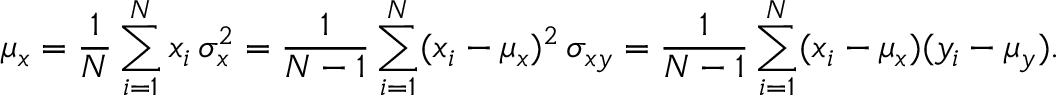
\mu _ { x } = \frac { 1 } { N } \sum _ { i = 1 } ^ { N } x _ { i } \, \sigma _ { x } ^ { 2 } = \frac { 1 } { N - 1 } \sum _ { i = 1 } ^ { N } ( x _ { i } - \mu _ { x } ) ^ { 2 } \, \sigma _ { x y } = \frac { 1 } { N - 1 } \sum _ { i = 1 } ^ { N } ( x _ { i } - \mu _ { x } ) ( y _ { i } - \mu _ { y } ) .